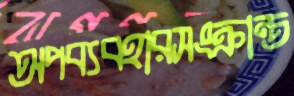
অপব্যবহারসংক্রান্ত